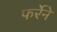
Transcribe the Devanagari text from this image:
फर्रेने